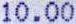
10.00